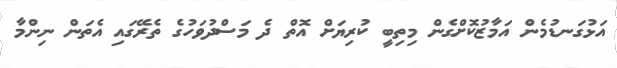
އަޅުގަނޑުމެން އަމާޒުކޮށްގެން މިތިބީ ކުރިޔަށް އޮތް ދެ މަސްދުވަހުގެ ތެރޭގައި އެތަން ނިންމާ